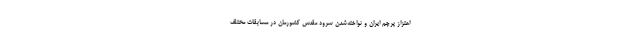
اهتزاز پرچم ایران و نواخته‌شدن سرود مقدس کشورمان در مسابقات مختلف